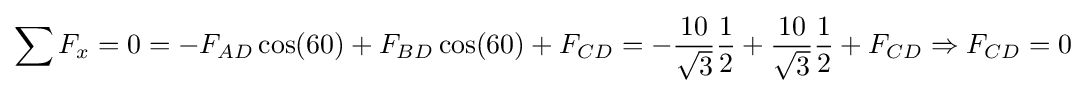
\sum F_{x}=0=-F_{AD}\cos(60)+F_{BD}\cos(60)+F_{CD}=-{\frac {10}{\sqrt {3}}}{\frac {1}{2}}+{\frac {10}{\sqrt {3}}}{\frac {1}{2}}+F_{CD}\Rightarrow F_{CD}=0